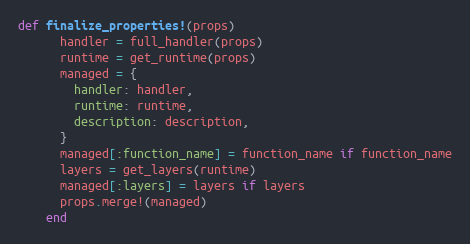
Language: Ruby
def finalize_properties!(props)
      handler = full_handler(props)
      runtime = get_runtime(props)
      managed = {
        handler: handler,
        runtime: runtime,
        description: description,
      }
      managed[:function_name] = function_name if function_name
      layers = get_layers(runtime)
      managed[:layers] = layers if layers
      props.merge!(managed)
    end